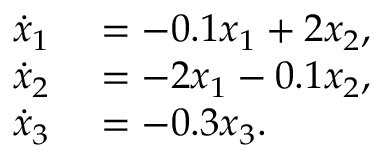
\begin{array} { r l } { \dot { x } _ { 1 } } & { { } = - 0 . 1 x _ { 1 } + 2 x _ { 2 } , } \\ { \dot { x } _ { 2 } } & { { } = - 2 x _ { 1 } - 0 . 1 x _ { 2 } , } \\ { \dot { x } _ { 3 } } & { { } = - 0 . 3 x _ { 3 } . } \end{array}